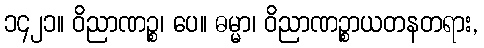
၁၄၂၁။ ဝိညာဏဉ္စ၊ ပေ။ ဓမ္မာ၊ ဝိညာဏဉ္စာယတနတရား,